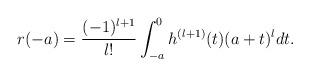
LaTeX: \begin{align*}r(-a)=\frac{(-1)^{l+1}}{l!} \int^{0}_{-a}h^{(l+1)}(t)(a+t)^l dt. \end{align*}